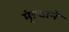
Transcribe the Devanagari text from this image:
मुंडवाने